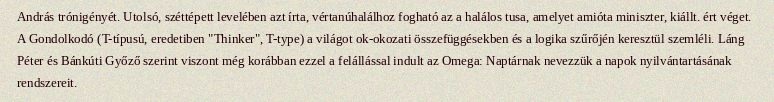
András trónigényét. Utolsó, széttépett levelében azt írta, vértanúhalálhoz fogható az a halálos tusa, amelyet amióta miniszter, kiállt. ért véget. A Gondolkodó (T-típusú, eredetiben "Thinker", T-type) a világot ok-okozati összefüggésekben és a logika szűrőjén keresztül szemléli. Láng Péter és Bánkúti Győző szerint viszont még korábban ezzel a felállással indult az Omega: Naptárnak nevezzük a napok nyilvántartásának rendszereit.